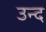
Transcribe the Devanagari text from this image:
उन्द